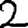
Digit: 2